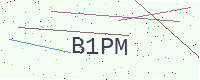
Text: B1PM